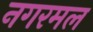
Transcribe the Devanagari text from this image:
नगरमल